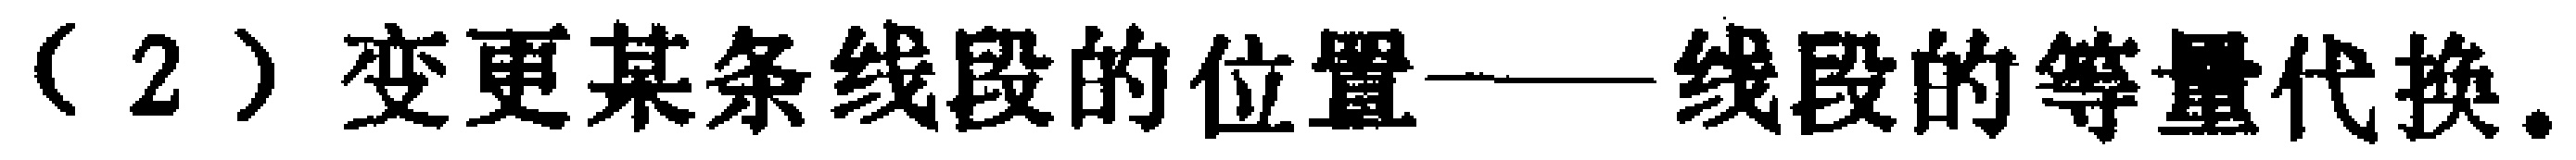
（2）变更某条线段的位置——线段的等量代换。